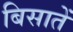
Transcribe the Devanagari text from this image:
बिसातें